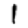
Digit: 1